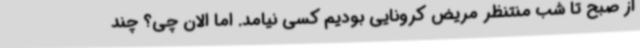
از صبح تا شب منتنظر مریض کرونایی بودیم کسی نیامد. اما الان چی؟ چند